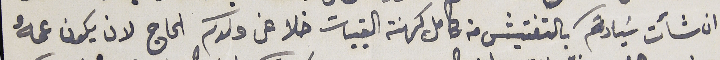
ان شأت سَيادتكم بالتفتيش من كامل كهنة القبيات خلا عن ولدكم الحاج لان يكون عمهُ